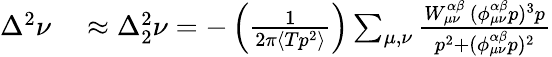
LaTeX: \begin{array}{rl}{\Delta^{2}\nu}&{{}\approx\Delta_{2}^{2}\nu=-\left(\frac{1}{2\pi\langle Tp^{2}\rangle}\right)\sum_{{\mu},{\nu}}\frac{W_{{\mu}{\nu}}^{\alpha\beta}\, (\phi_{{\mu}{\nu}}^{\alpha\beta}p)^{3}p}{p^{2}+(\phi_{{\mu}{\nu}}^{\alpha\beta}p)^{2}}}\end{array}